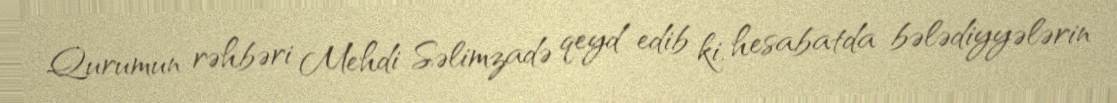
Qurumun rəhbəri Mehdi Səlimzadə qeyd edib ki, hesabatda bələdiyyələrin